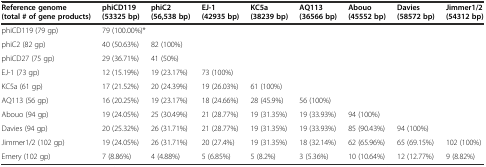
<table><thead><tr><td><b>Reference genome (total # of gene products)</b></td><td><b>phiCD119 (53325 bp)</b></td><td><b>phiC2 (56,538 bp)</b></td><td><b>EJ-1 (42935 bp)</b></td><td><b>KC5a (38239 bp)</b></td><td><b>AQ113 (36566 bp)</b></td><td><b>Abouo (45552 bp)</b></td><td><b>Davies (58572 bp)</b></td><td><b>Jimmer1/2 (54312 bp)</b></td></tr></thead><tbody><tr><td>phiCD119 (79 gp)</td><td colspan="2">79 (100.00%)*</td><td></td><td></td><td></td><td></td><td></td><td></td></tr><tr><td>phiC2 (82 gp)</td><td>40 (50.63%)</td><td>82 (100%)</td><td></td><td></td><td></td><td></td><td></td><td></td></tr><tr><td>phiCD27 (75 gp)</td><td>29 (36.71%)</td><td>41 (50%)</td><td></td><td></td><td></td><td></td><td></td><td></td></tr><tr><td>EJ-1 (73 gp)</td><td>12 (15.19%)</td><td>19 (23.17%)</td><td>73 (100%)</td><td></td><td></td><td></td><td></td><td></td></tr><tr><td>KC5a (61 gp)</td><td>17 (21.52%)</td><td>20 (24.39%)</td><td>19 (26.03%)</td><td>61 (100%)</td><td></td><td></td><td></td><td></td></tr><tr><td>AQ113 (56 gp)</td><td>16 (20.25%)</td><td>19 (23.17%)</td><td>18 (24.66%)</td><td>28 (45.9%)</td><td>56 (100%)</td><td></td><td></td><td></td></tr><tr><td>Abouo (94 gp)</td><td>19 (24.05%)</td><td>25 (30.49%)</td><td>21 (28.77%)</td><td>19 (31.35%)</td><td>19 (33.93%)</td><td>94 (100%)</td><td></td><td></td></tr><tr><td>Davies (94 gp)</td><td>20 (25.32%)</td><td>26 (31.71%)</td><td>21 (28.77%)</td><td>19 (31.35%)</td><td>19 (33.93%)</td><td>85 (90.43%)</td><td>94 (100%)</td><td></td></tr><tr><td>Jimmer1/2 (102 gp)</td><td>19 (24.05%)</td><td>26 (31.71%)</td><td>20 (27.4%)</td><td>19 (31.35%)</td><td>18 (32.14%)</td><td>62 (65.96%)</td><td>65 (69.15%)</td><td>102 (100%)</td></tr><tr><td>Emery (102 gp)</td><td>7 (8.86%)</td><td>4 (4.88%)</td><td>5 (6.85%)</td><td>5 (8.2%)</td><td>3 (5.36%)</td><td>10 (10.64%)</td><td>12 (12.77%)</td><td>9 (8.82%)</td></tr></tbody></table>